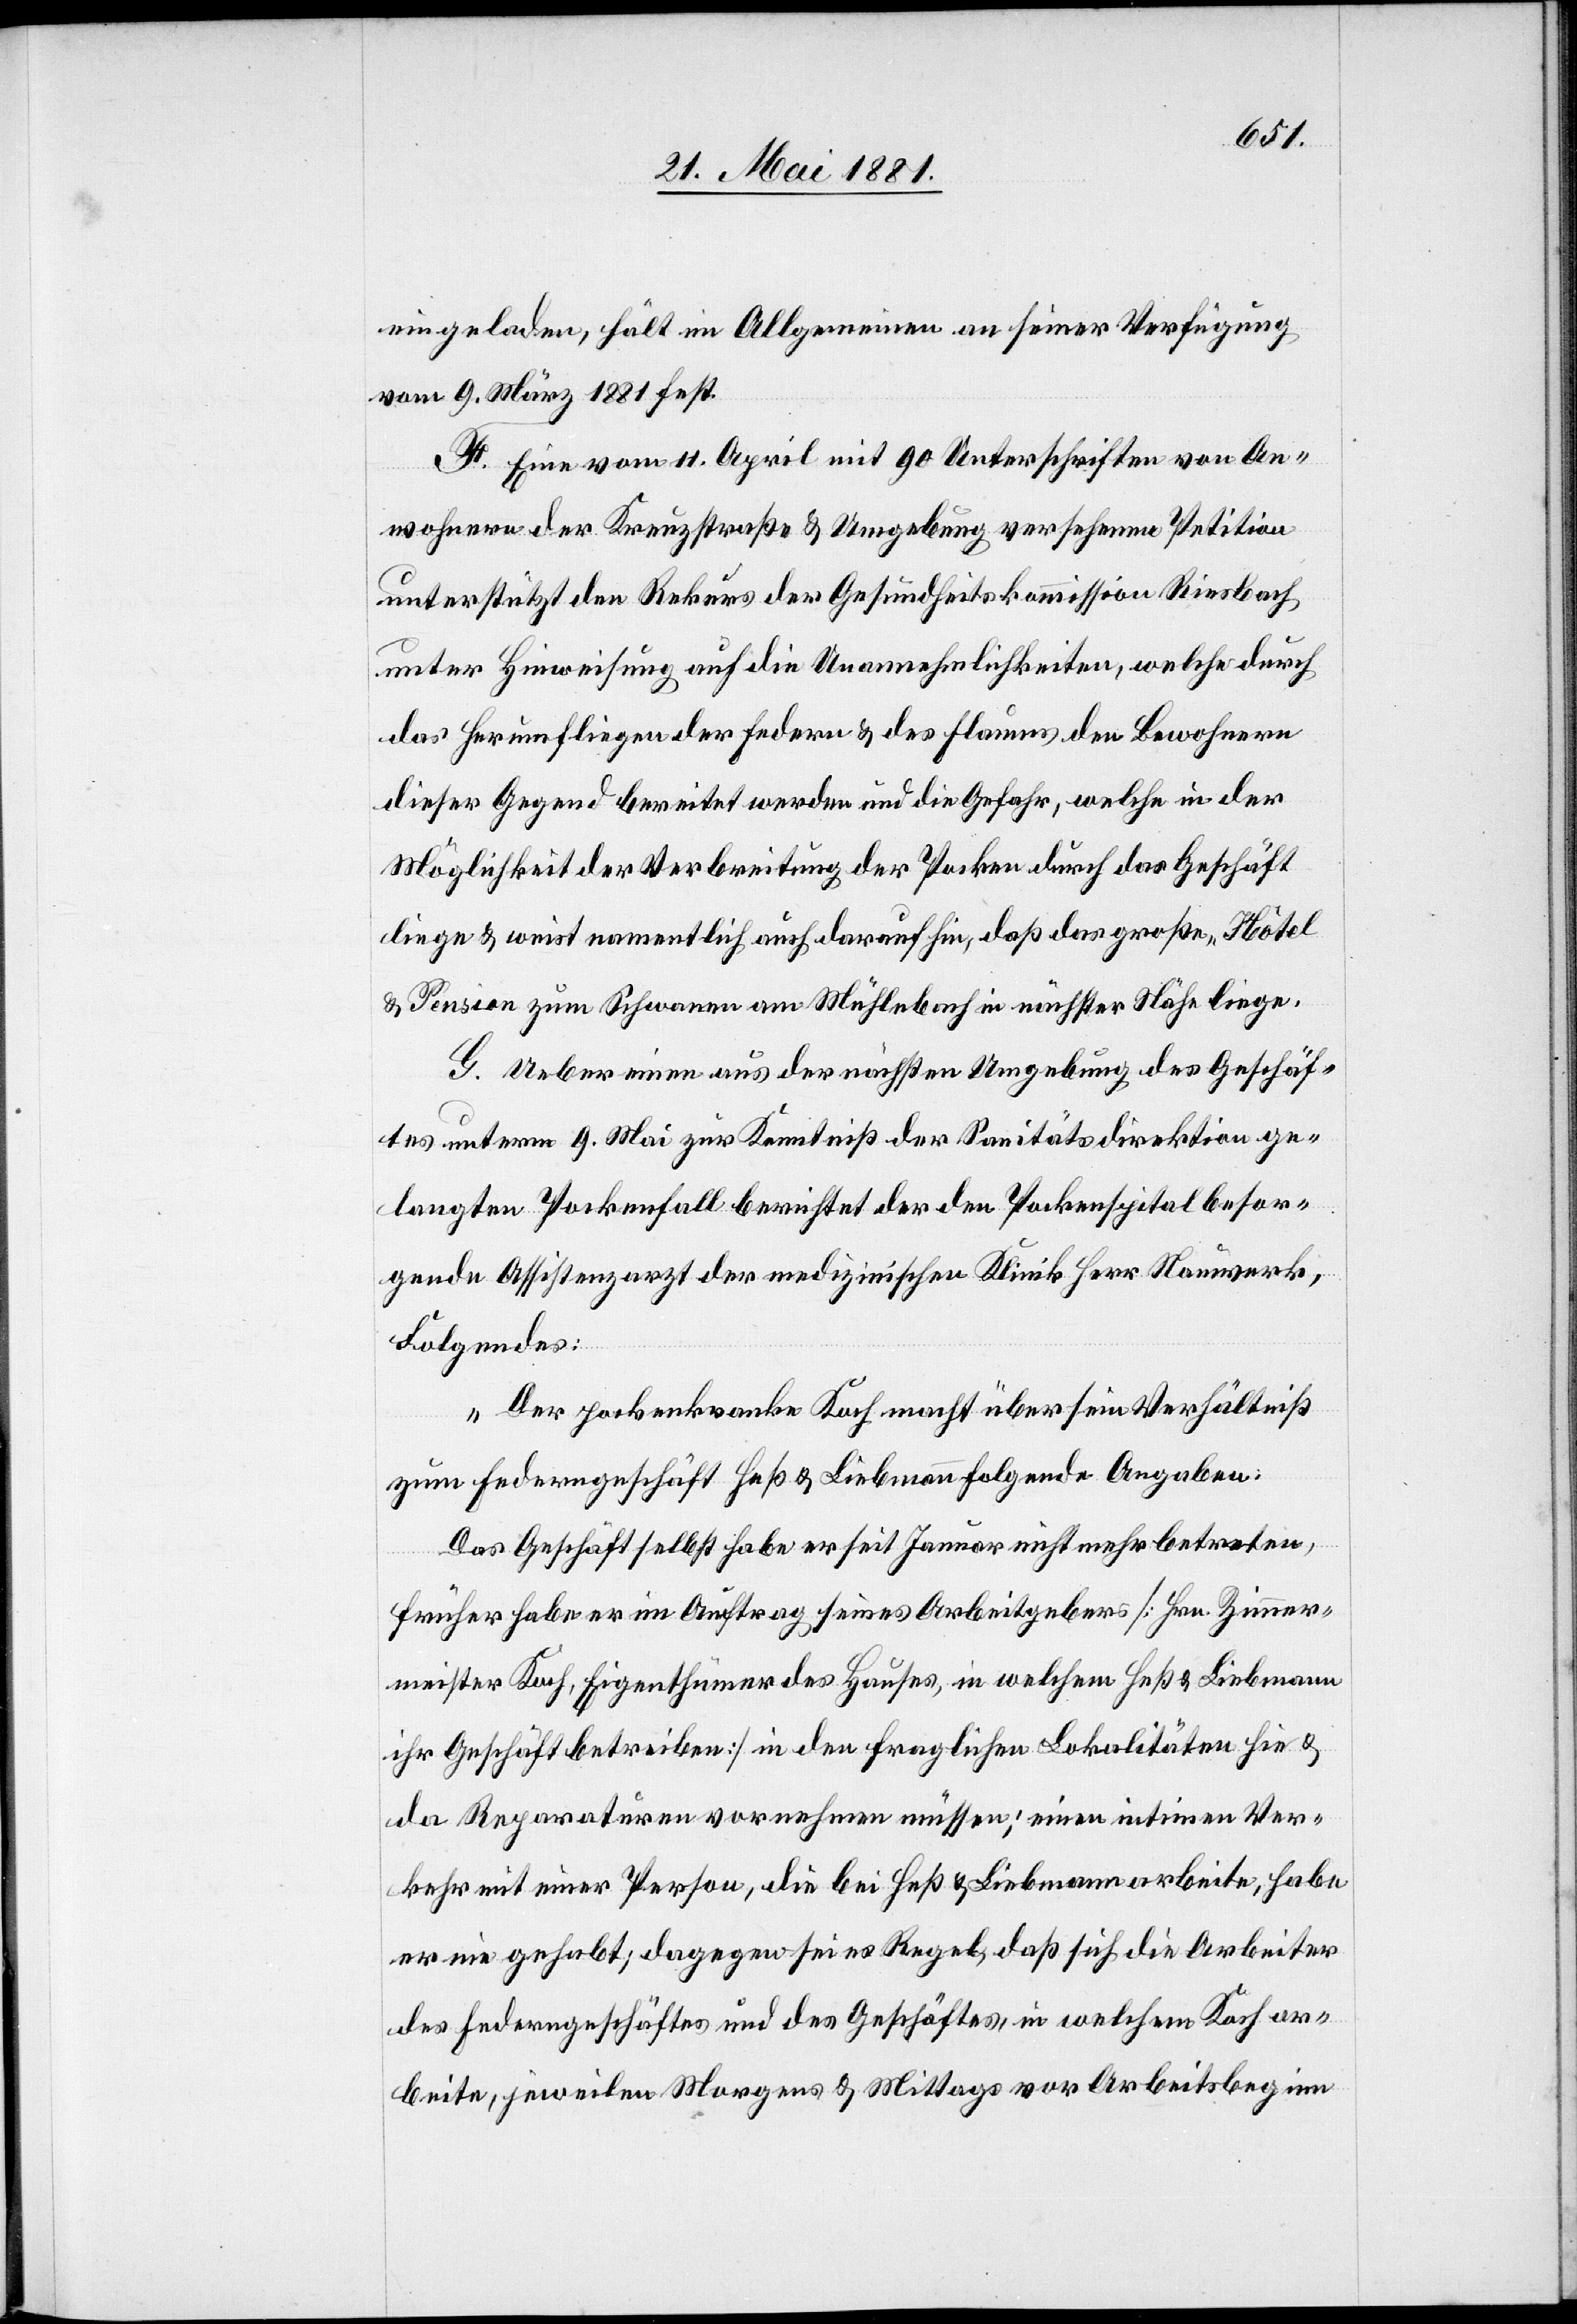
eingeladen, hält im Allgemeinen an seiner Verfügung
vom 9. März 1881 fest.
F. Eine vom 11. April mit 90 Unterschriften von An¬
wohnern der Kreuzstraße & Umgebung versehene Petition
unterstützt den Rekurs der Gesundheitskommission Riesbach
unter Hinweisung auf die Unannehmlichkeiten, welche durch
das Herumfliegen der Federn & des Flaumes den Bewohnern
dieser Gegend berichtet werden und die Gefahr, welche in der
Möglichkeit der Verbreitung der Pocken durch das Geschäft
liege & weist namentlich auch darauf hin, daß das große „Hôtel
& Pension zum Schwanen“ am Mühlebach in nächster Nähe liege.
G. Ueber einen aus der nächsten Umgebung des Geschäf¬
tes unterm 9. Mai zur Kenntniß der Sanitätsdirektion ge¬
langten Pockenfall berichtet der den Pockenspitalbesor¬
gende Assistenzarzt der medizinischen Klinik Herr Nauwerk,
Folgendes:
„Der pockenkranke Koch macht über sein Verhältniß
zum Federngeschäft Heß & Liebmann folgende Angaben:
Das Geschäft selbst habe er seit Januar nicht mehr betreten,
früher habe er im Auftrag seines Arbeitgebers [Hrn. Zimmer¬
meister Koch, Eigenthümer des Hauses, in welchem Heß & Liebmann
ihr Geschäft betreiben] in den fraglichen Lokalitäten hin &
da Reparaturen vornehmen müssen; einen intimen Ver¬
kehr mit einer Person, die bei Heß & Liebmann arbeite, habe
er nie gehabt; dagegen sei es Regel, daß sich die Arbeiter
des Federgeschäftes und des Geschäftes, in welchem Koch ar¬
beite, jeweilen Morgens & Mittags vor Arbeitsbeginn